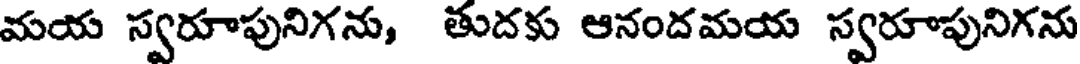
మయ స్వరూపునిగను, తుదకు ఆనందమయ స్వరూపునిగను